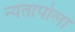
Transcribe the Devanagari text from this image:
न्यतापोला